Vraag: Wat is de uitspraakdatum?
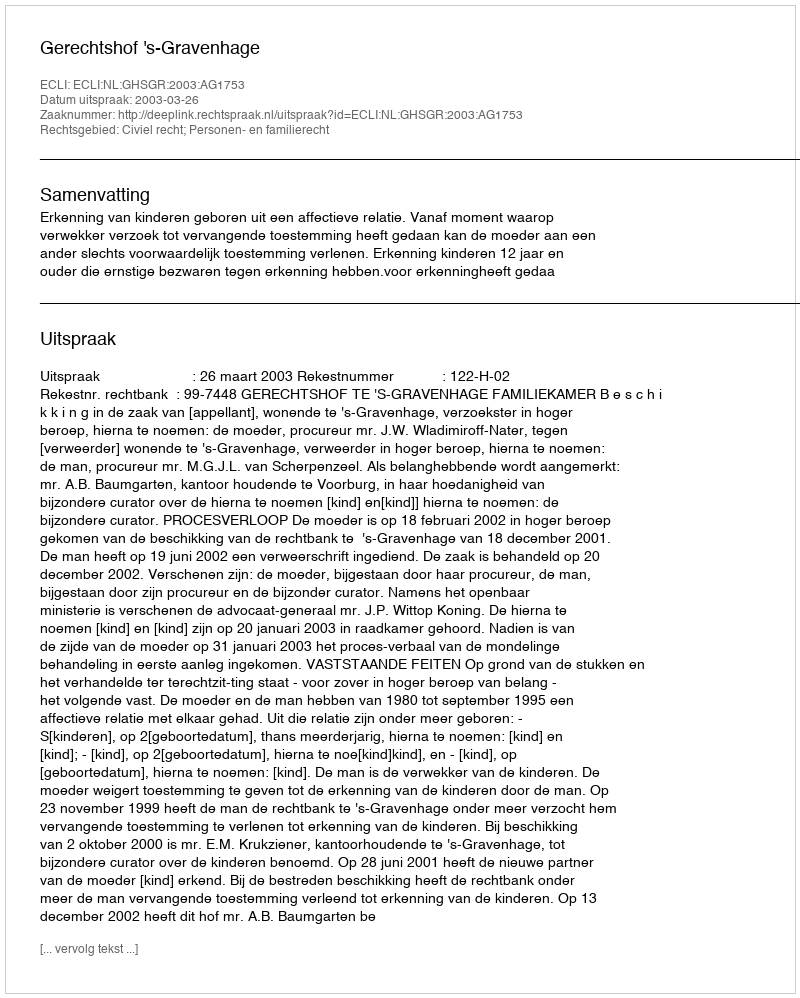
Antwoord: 2003-03-26